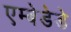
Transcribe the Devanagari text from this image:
एम्बेडेडे